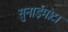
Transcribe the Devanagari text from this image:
सुनाईमोटा